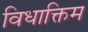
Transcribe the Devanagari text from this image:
विधाक्तिम